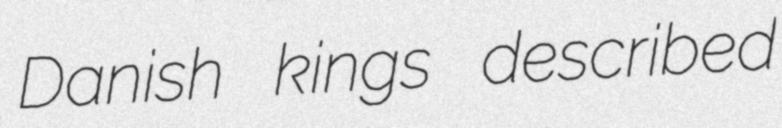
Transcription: Danish kings described